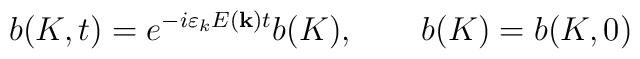
b(K,t)=e^{-i\varepsilon _{k}E({\bf k})t}b(K),\qquad b(K)=b(K,0)